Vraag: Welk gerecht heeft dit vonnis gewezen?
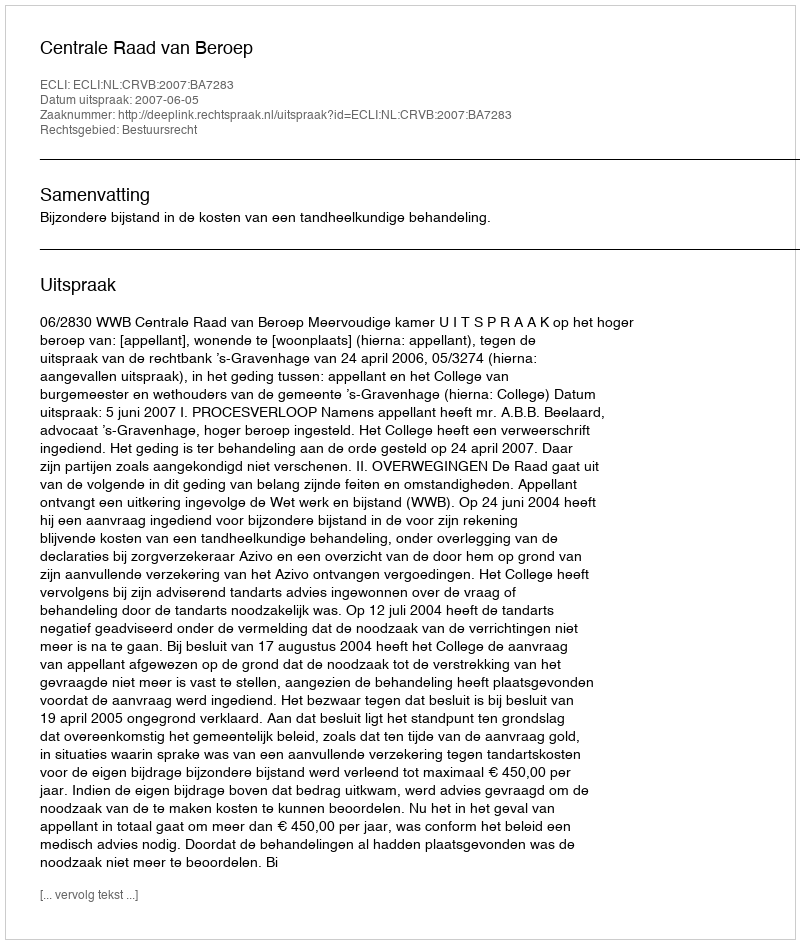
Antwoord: Centrale Raad van Beroep